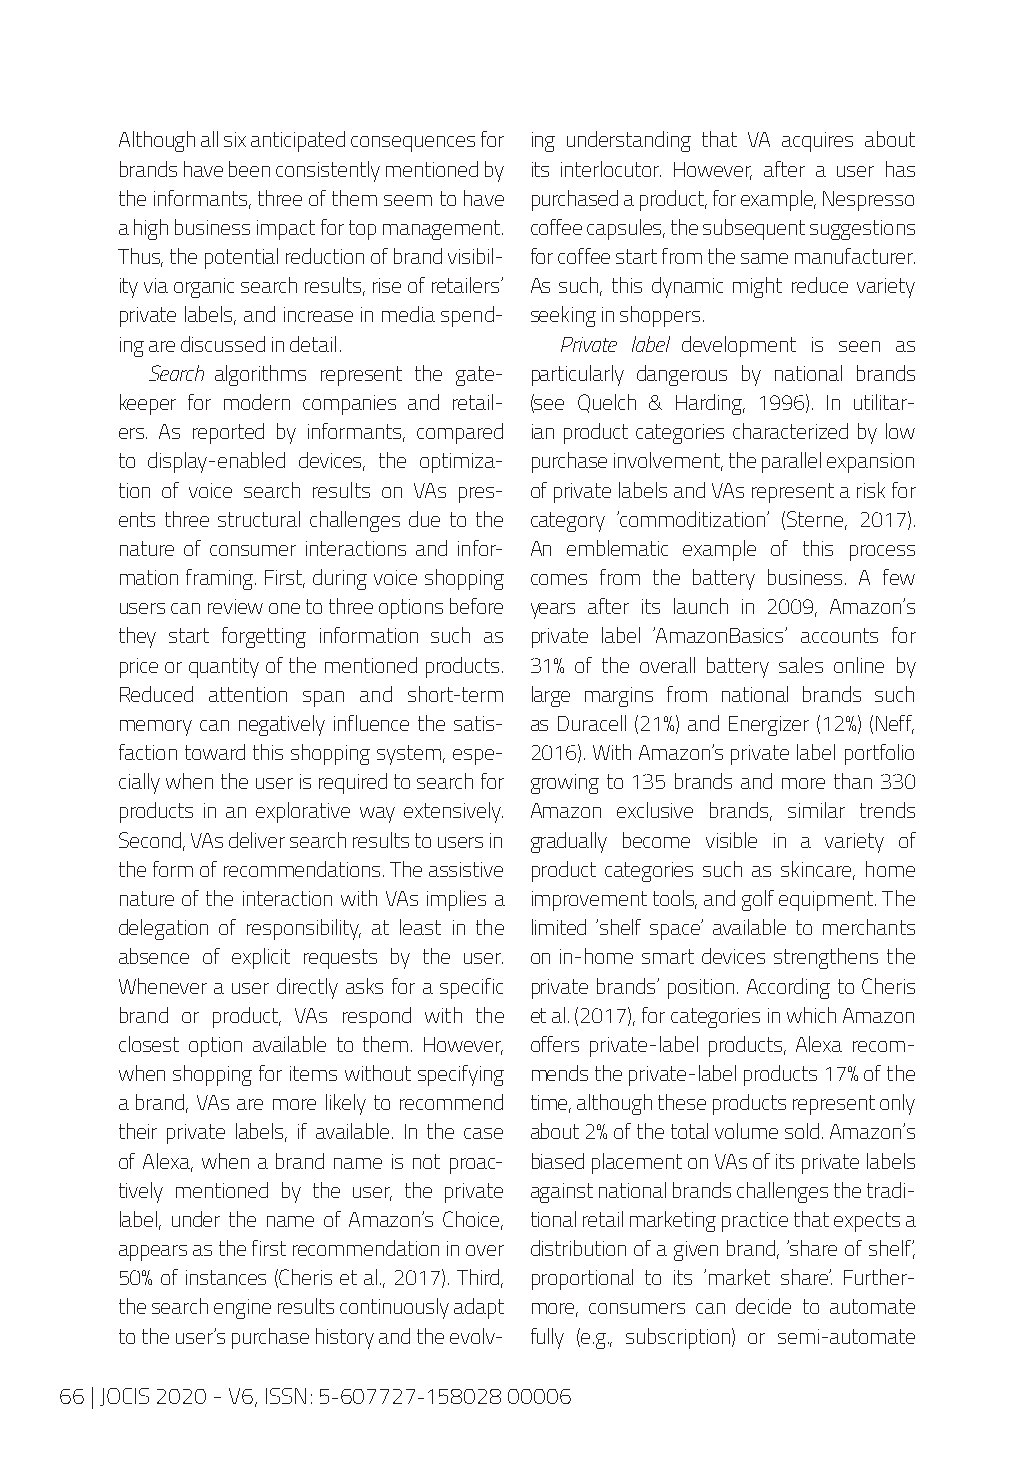
Although all six anticipated consequences for ing understanding that VA acquires about
 brands have been consistently mentioned by its interlocutor. However, after a user has
 the informants, three of them seem to have purchased a product, for example, Nespresso
 a high business impact for top management. coffee capsules, the subsequent suggestions
 Thus, the potential reduction of brand visibil- for coffee start from the same manufacturer.
 ity via organic search results, rise of retailers’ As such, this dynamic might reduce variety
 private labels, and increase in media spend- seeking in shoppers.
 ing are discussed in detail. Private label development is seen as
 Search algorithms represent the gate- particularly dangerous by national brands
 keeper for modern companies and retail- (see Quelch & Harding, 1996). In utilitar-
 ers. As reported by informants, compared ian product categories characterized by low
 to display-enabled devices, the optimiza- purchase involvement, the parallel expansion
 tion of voice search results on VAs pres- of private labels and VAs represent a risk for
 ents three structural challenges due to the category ‘commoditization’ (Sterne, 2017).
 nature of consumer interactions and infor- An emblematic example of this process
 mation framing. First, during voice shopping comes from the battery business. A few
 users can review one to three options before years after its launch in 2009, Amazon’s
 they start forgetting information such as private label ‘AmazonBasics’ accounts for
 price or quantity of the mentioned products. 31% of the overall battery sales online by
 Reduced attention span and short-term large margins from national brands such
 memory can negatively influence the satis- as Duracell (21%) and Energizer (12%) (Neff,
 faction toward this shopping system, espe- 2016). With Amazon’s private label portfolio
 cially when the user is required to search for growing to 135 brands and more than 330
 products in an explorative way extensively. Amazon exclusive brands, similar trends
 Second, VAs deliver search results to users in gradually become visible in a variety of
 the form of recommendations. The assistive product categories such as skincare, home
 nature of the interaction with VAs implies a improvement tools, and golf equipment. The
 delegation of responsibility, at least in the limited ‘shelf space’ available to merchants
 absence of explicit requests by the user. on in-home smart devices strengthens the
 Whenever a user directly asks for a specific private brands’ position. According to Cheris
 brand or product, VAs respond with the et al. (2017), for categories in which Amazon
 closest option available to them. However, offers private-label products, Alexa recom-
 when shopping for items without specifying mends the private-label products 17% of the
 a brand, VAs are more likely to recommend time, although these products represent only
 their private labels, if available. In the case about 2% of the total volume sold. Amazon’s
 of Alexa, when a brand name is not proac- biased placement on VAs of its private labels
 tively mentioned by the user, the private against national brands challenges the tradi-
 label, under the name of Amazon’s Choice, tional retail marketing practice that expects a
 appears as the first recommendation in over distribution of a given brand, ‘share of shelf’,
 50% of instances (Cheris et al., 2017). Third, proportional to its ‘market share.’ Further-
 the search engine results continuously adapt more, consumers can decide to automate
 to the user’s purchase history and the evolv- fully (e.g., subscription) or semi-automate
 66 | JOCIS 2020 - V6, ISSN: 5-607727-158028 00006